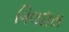
ગિલદાસ